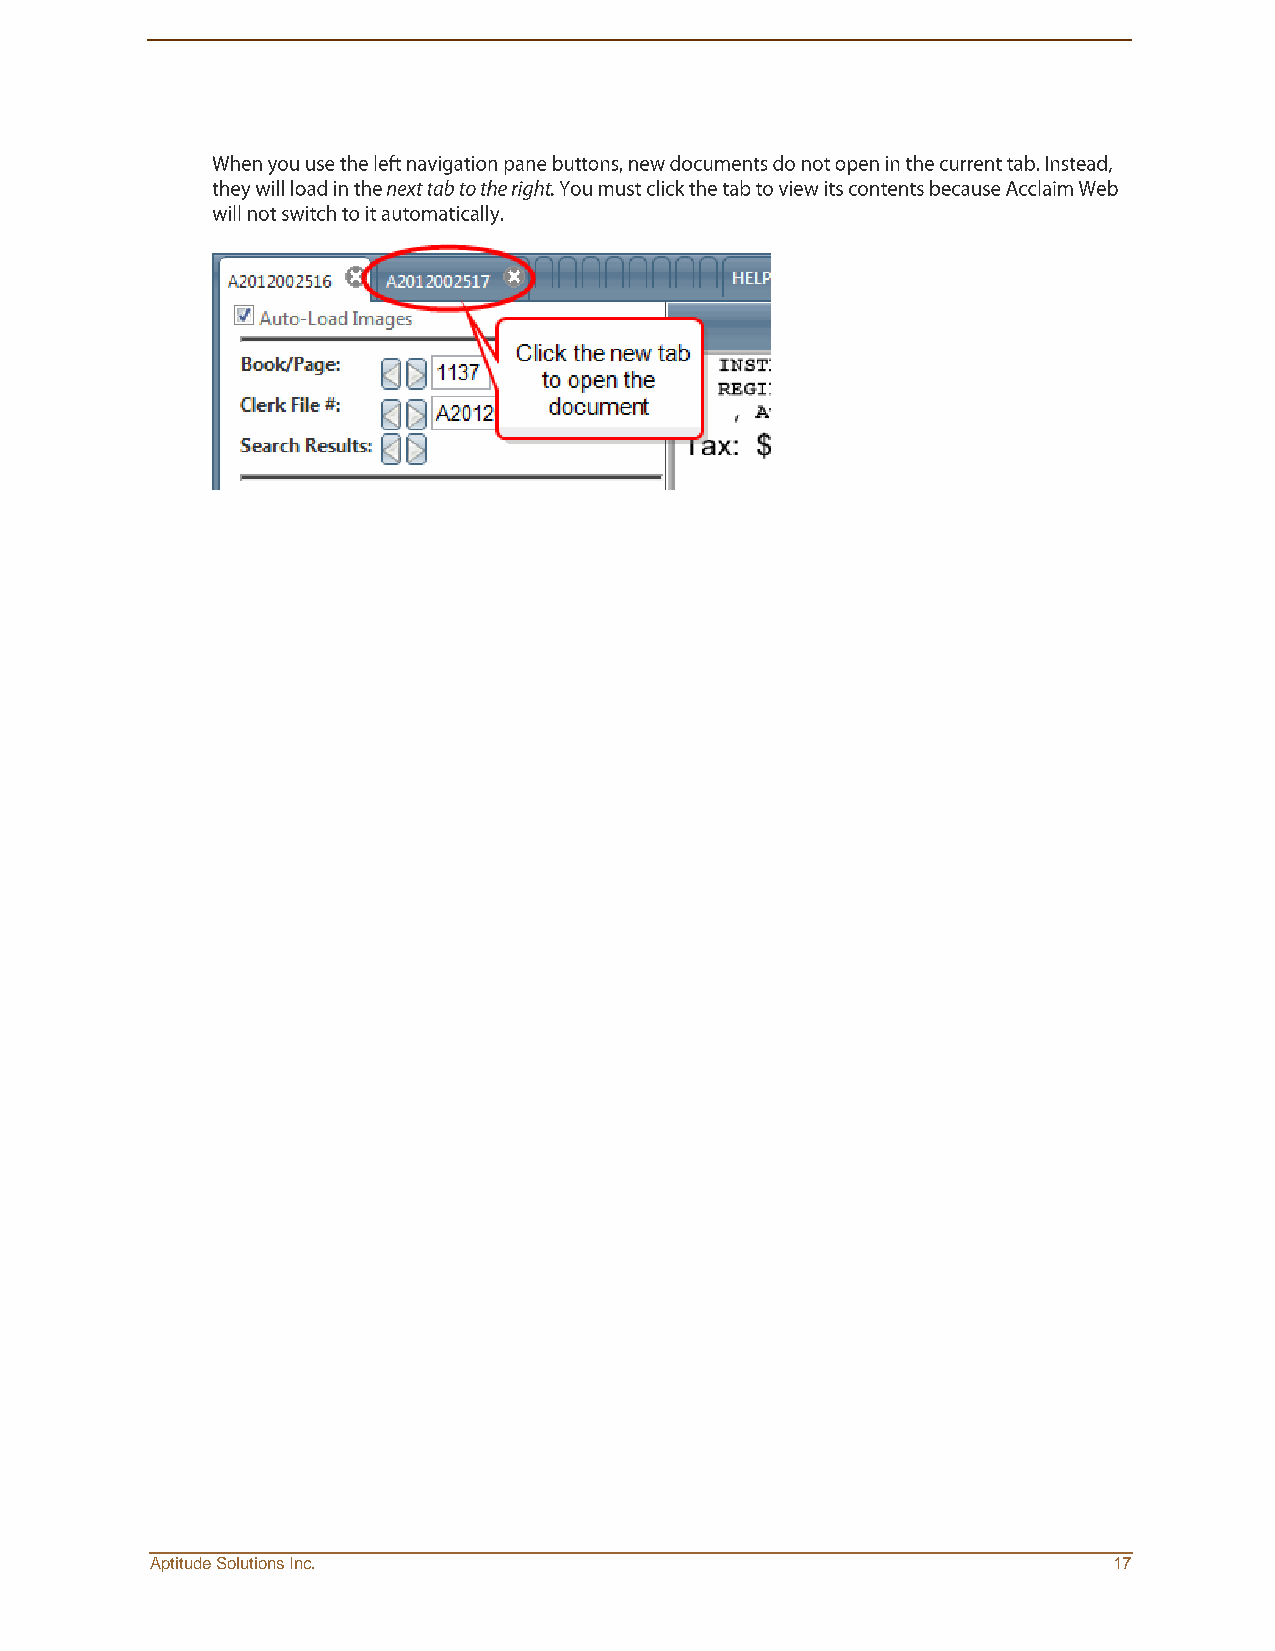
Aptitude Solutions Inc.                                         17